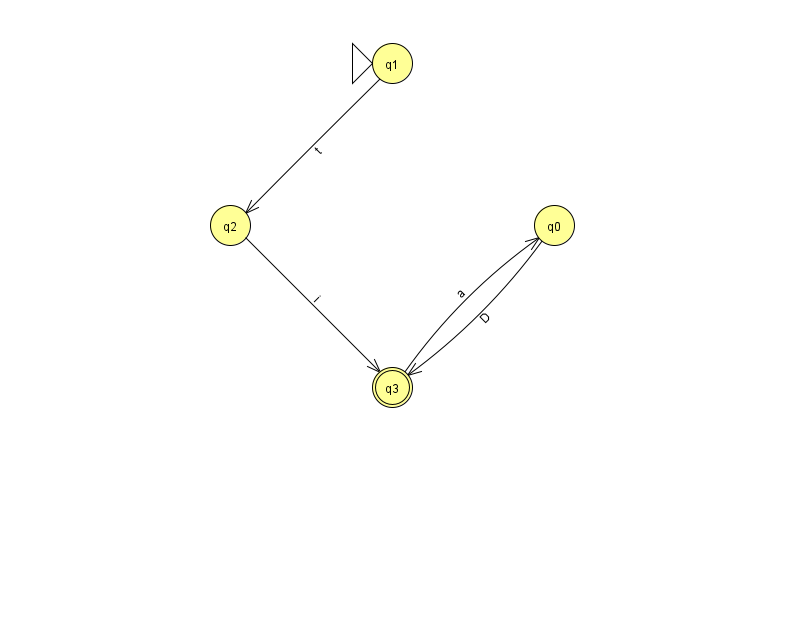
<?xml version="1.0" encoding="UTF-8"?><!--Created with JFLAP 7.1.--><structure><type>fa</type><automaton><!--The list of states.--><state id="0" name="q0"><x>554.0</x><y>212.0</y></state><state id="1" name="q1"><x>392.0</x><y>50.0</y><initial/></state><state id="2" name="q2"><x>230.0</x><y>212.0</y></state><state id="3" name="q3"><x>392.0</x><y>374.0</y><final/></state><!--The list of transitions.--><transition><from>3</from><to>0</to><read>a</read></transition><transition><from>0</from><to>3</to><read>D</read></transition><transition><from>1</from><to>2</to><read>t</read></transition><transition><from>2</from><to>3</to><read>i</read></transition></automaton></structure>